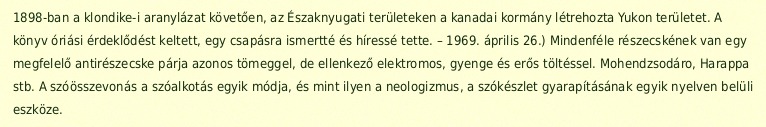
1898-ban a klondike-i aranylázat követően, az Északnyugati területeken a kanadai kormány létrehozta Yukon területet. A könyv óriási érdeklődést keltett, egy csapásra ismertté és híressé tette. – 1969. április 26.) Mindenféle részecskének van egy megfelelő antirészecske párja azonos tömeggel, de ellenkező elektromos, gyenge és erős töltéssel. Mohendzsodáro, Harappa stb. A szóösszevonás a szóalkotás egyik módja, és mint ilyen a neologizmus, a szókészlet gyarapításának egyik nyelven belüli eszköze.